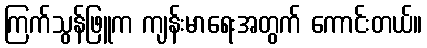
ကြက်သွန်ဖြူက ကျန်းမာရေးအတွက် ကောင်းတယ်။